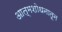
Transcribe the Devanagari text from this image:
आत्मशोधनातून